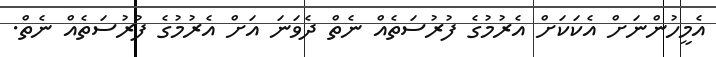
އެމީހުންނަށް އެކަކަށް އެރުމުގެ ފުރުސަތެއް ނެތް ދެވަނަ އަށް އެރުމުގެ ފުރުސަތެއް ނެތް.